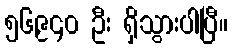
၅၆,၉၄၀ ဦး ရှိသွားပါပြီ။